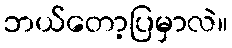
ဘယ်တော့ပြမှာလဲ။